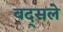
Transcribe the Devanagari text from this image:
बद्सले